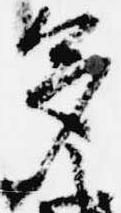
多